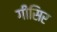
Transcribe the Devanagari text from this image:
गीसिर